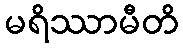
မရိဿာမီတိ